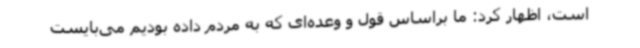
است، اظهار کرد: ما براساس قول و وعده‌ای که به مردم داده بودیم می‌بایست